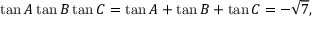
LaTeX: \tan A \tan B \tan C = \tan A + \tan B + \tan C = - { \sqrt { 7 } } ,